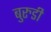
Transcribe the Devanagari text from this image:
बुरुडी